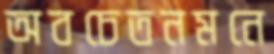
অবচেতনমনে